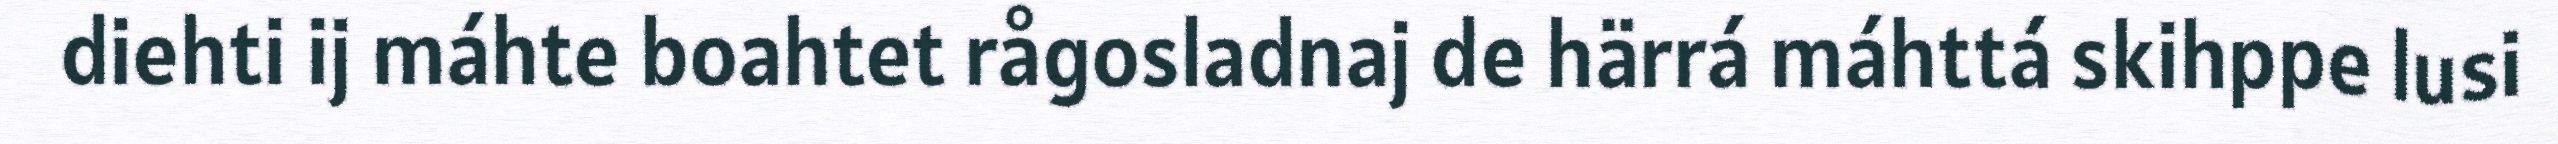
diehti ij máhte boahtet rågosladnaj de härrá máhttá skihppe lusi